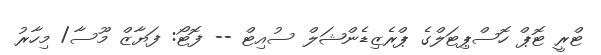
ޓްރީ ޓޮޕް ހޮސްޕިޓަލްގެ ޕްރެޒިޑެންޝަލް ސުއިޓް -- ފޮޓޯ: ފަޔާޒް މޫސާ/ މިހާރު